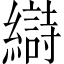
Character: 𫄋